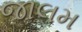
જાલમ